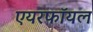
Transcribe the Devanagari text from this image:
एयरफॉयल